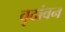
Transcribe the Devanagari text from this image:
वृदांवन